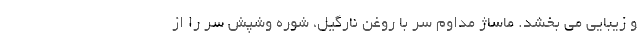
و زیبایی می بخشد. ماساژ مداوم سر با روغن نارگیل، شوره وشپش سر را از